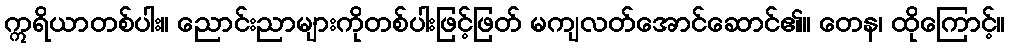
ဣရိယာတစ်ပါး။ ညောင်းညာများကိုတစ်ပါးဖြင့်ဖြတ် မကျလတ်အောင်ဆောင်၏။ တေန၊ ထိုကြောင့်။